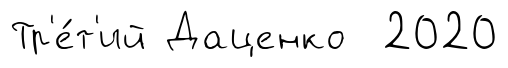
Тр'е́т'ий Даценко 2020